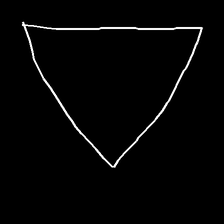
Glyph: convergence